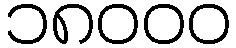
၁၈၀၀၀